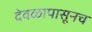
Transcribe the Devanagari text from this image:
देवळापासूनच